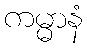
ကမ္မာနံ